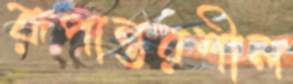
রূপান্তরশীল